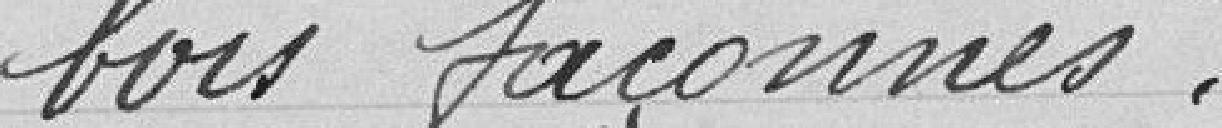
bois façonnés.